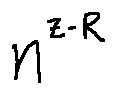
n ^ { z - R }